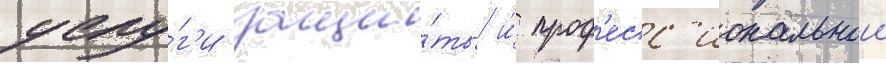
услу́г'и защи́ты и́ проф'есс'иональнои